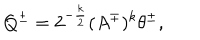
Q ^ { \pm } = 2 ^ { - \frac k 2 } ( A ^ { \mp } ) ^ { k } \theta ^ { \pm } ,